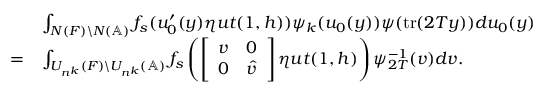
\begin{array} { r l } & { \int _ { N ( F ) \backslash N ( \mathbb { A } ) } f _ { s } ( u _ { 0 } ^ { \prime } ( y ) \eta u t ( 1 , h ) ) \psi _ { k } ( u _ { 0 } ( y ) ) \psi ( \mathrm { t r } ( 2 T y ) ) d u _ { 0 } ( y ) } \\ { = } & { \int _ { U _ { n ^ { k } } ( F ) \backslash U _ { n ^ { k } } ( \mathbb { A } ) } f _ { s } \left( \left[ \begin{array} { c c } { v } & { 0 } \\ { 0 } & { \hat { v } } \end{array} \right] \eta u t ( 1 , h ) \right) \psi _ { 2 T } ^ { - 1 } ( v ) d v . } \end{array}